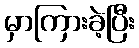
မှာကြားခဲ့ပြီး